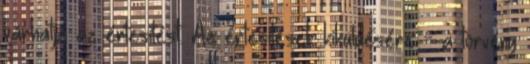
várhatja az értesítést. Az értesítések kiküldésére - a törvény